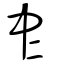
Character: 𠁦